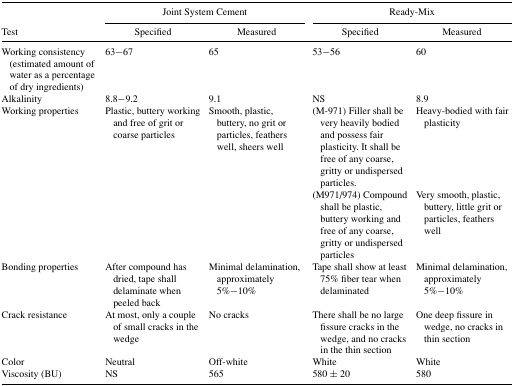
<table><thead><tr><td></td><td colspan="2"><b>Joint System Cement</b></td><td colspan="2"><b>Ready-Mix</b></td></tr><tr><td><b>Test</b></td><td><b>Specified</b></td><td><b>Measured</b></td><td><b>Specified</b></td><td><b>Measured</b></td></tr></thead><tbody><tr><td>Working consistency (estimated amount of water as a percentage of dry ingredients)</td><td>63−67</td><td>65</td><td>53−56</td><td>60</td></tr><tr><td>Alkalinity</td><td>8.8−9.2</td><td>9.1</td><td>NS</td><td>8.9</td></tr><tr><td>Working properties</td><td>Plastic, buttery working and free of grit or coarse particles</td><td>Smooth, plastic, buttery, no grit or particles, feathers well, sheers well</td><td>(M-971) Filler shall be very heavily bodied and possess fair plasticity. It shall be free of any coarse, gritty or undispersed particles.</td><td>Heavy-bodied with fair plasticity</td></tr><tr><td></td><td></td><td></td><td>(M971/974) Compound shall be plastic, buttery working and free of any coarse, gritty or undispersed particles</td><td>Very smooth, plastic, buttery, little grit or particles, feathers well</td></tr><tr><td>Bonding properties</td><td>After compound has dried, tape shall delaminate when peeled back</td><td>Minimal delamination, approximately 5%−10%</td><td>Tape shall show at least 75% fiber tear when delaminated</td><td>Minimal delamination, approximately 5%−10%</td></tr><tr><td>Crack resistance</td><td>At most, only a couple of small cracks in the wedge</td><td>No cracks</td><td>There shall be no large fissure cracks in the wedge, and no cracks in the thin section</td><td>One deep fissure in wedge, no cracks in thin section</td></tr><tr><td>Color</td><td>Neutral</td><td>Off-white</td><td>White</td><td>White</td></tr><tr><td>Viscosity (BU)</td><td>NS</td><td>565</td><td>580 ± 20</td><td>580</td></tr></tbody></table>